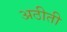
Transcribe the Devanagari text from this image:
अठीती